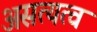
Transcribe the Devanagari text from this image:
असत्यत्व